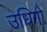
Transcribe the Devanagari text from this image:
उधिगो